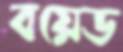
বয়েড